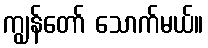
ကျွန်တော် သောက်မယ်။